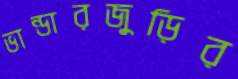
ভান্ডারজুড়ির